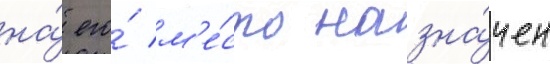
на́ его́ м'е́сто назна́чен